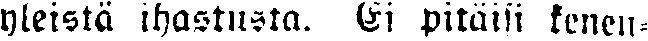
yleistä ihastusta. Ei pitäisi kenen-